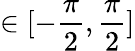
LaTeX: \in[-\frac{\pi}{2},\frac{\pi}{2}]